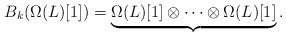
LaTeX: \begin{align*}B_k(\Omega(L)[1])= \underbrace{\Omega(L)[1] \otimes \dots \otimes \Omega(L)[1]}_{}.\end{align*}